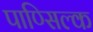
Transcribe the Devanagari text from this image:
पाण्सिल्क